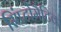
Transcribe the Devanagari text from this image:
सिंप्टोमैटिक